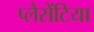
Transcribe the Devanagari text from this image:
प्लैसेंटिया